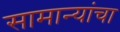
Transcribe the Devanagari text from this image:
सामान्यांचा